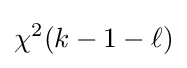
\chi ^{2}(k-1-\ell )